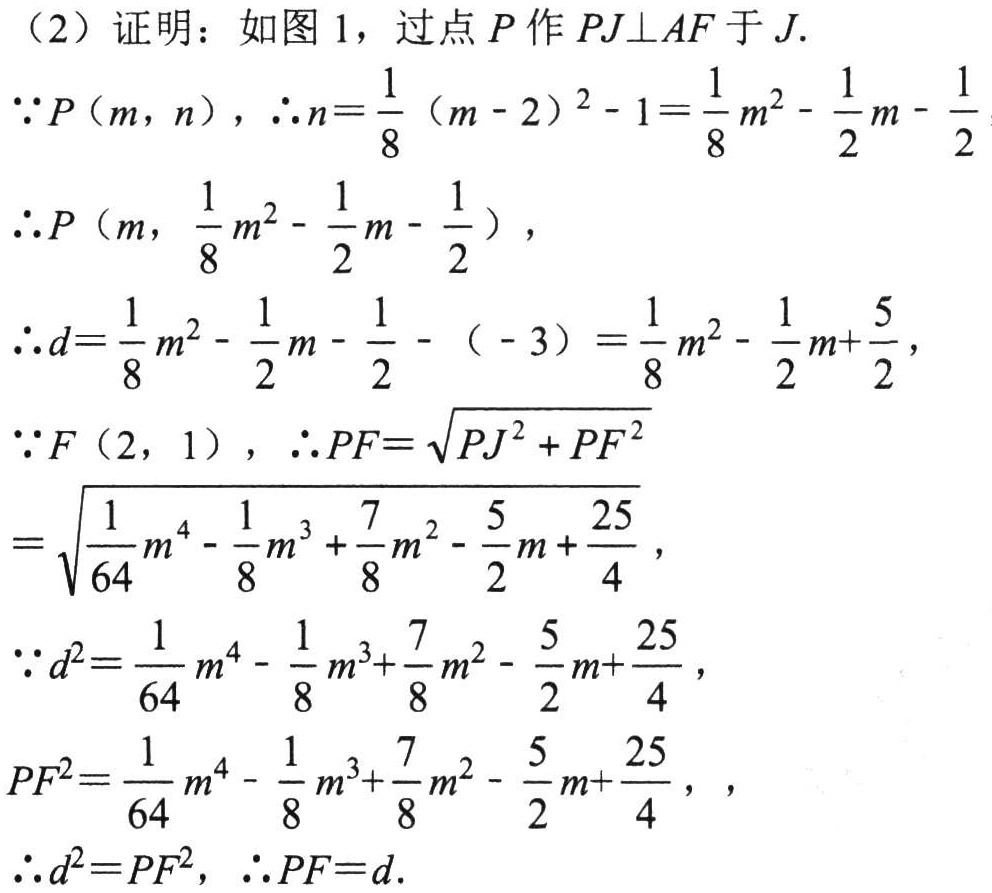
（2）证明：如图 1，过点 \(P\) 作 \(PJ\perp AF\) 于 \(J\).
\(\because P(m,n)\)，\(\therefore n = \frac{1}{8}(m - 2)^2 - 1=\frac{1}{8}m^2-\frac{1}{2}m-\frac{1}{2}\)
\(\therefore P\left(m,\frac{1}{8}m^2-\frac{1}{2}m-\frac{1}{2}\right)\)，
\(\therefore d=\frac{1}{8}m^2-\frac{1}{2}m-\frac{1}{2}-(-3)=\frac{1}{8}m^2-\frac{1}{2}m+\frac{5}{2}\)，
\(\because F(2,1)\)，\(\therefore PF = \sqrt{PJ^2 + PF^2}\)
\(=\sqrt{\frac{1}{64}m^4-\frac{1}{8}m^3+\frac{7}{8}m^2-\frac{5}{2}m+\frac{25}{4}}\)，
\(\because d^2=\frac{1}{64}m^4-\frac{1}{8}m^3+\frac{7}{8}m^2-\frac{5}{2}m+\frac{25}{4}\)，
\(PF^2=\frac{1}{64}m^4-\frac{1}{8}m^3+\frac{7}{8}m^2-\frac{5}{2}m+\frac{25}{4}\)，
\(\therefore d^2 = PF^2\)，\(\therefore PF = d\).